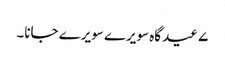
۷ عید گاہ سویرے سویرے جانا۔